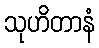
သုဟိတာနံ